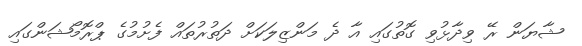
ޝާޔަން ރޭ ވިދާޅުވި ގޮތުގައި އާ ދެ މަންޒިލަކަށް ދަތުރުތައް ފެށުމުގެ ޕްރޮމޯޝަންގައި